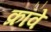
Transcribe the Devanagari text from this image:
क्रॉवे